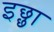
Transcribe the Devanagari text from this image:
इछ्छा